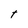
Character: t